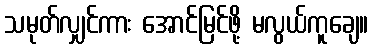
သမုတ်လျှင်ကား အောင်မြင်ဖို့ မလွယ်ကူချေ။